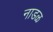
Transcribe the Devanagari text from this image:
नाडळ